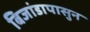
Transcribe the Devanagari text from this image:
बिजांडापासुन